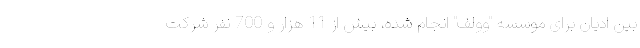
بین ادیان برای موسسه "وولف" انجام شده، بیش از 11 هزار و 700 نفر شرکت